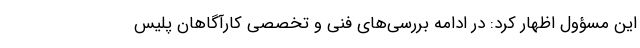
این مسؤول اظهار کرد: در ادامه بررسی‌های فنی و تخصصی کارآگاهان پلیس